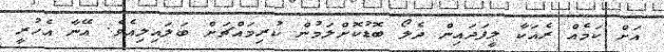
އަށް ކަމެއް ރެއަކާ ލީފަދައިން ދެލޯ ބޮޑުކޮށްލަމުން ކުރިމައްޗަށް ބަލައިލިއެވެ. އޭނާ އެހުރީ